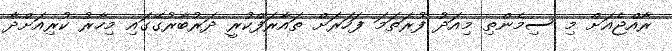
ރާއްޖެއަށް މި ސިމެންތި މިއަދު ފުރަތަމަ ފަހަރަށް ތައާރަފްކުރީ ދަރުބާރުގޭގައި މިހާރު ކުރިއަށްދާ